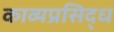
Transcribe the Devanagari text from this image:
काव्यप्रसिद्ध